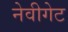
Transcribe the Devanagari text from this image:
नेवीगेट